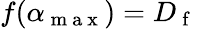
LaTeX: f(\alpha_{\mathrm{~m~a~x~}})=D_{\mathrm{~f~}}